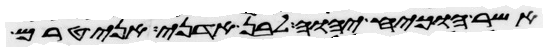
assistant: אשר הוכיח יהוה לבן אדני אני טרם